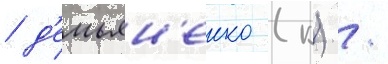
/ д'емьян'енко (к) /